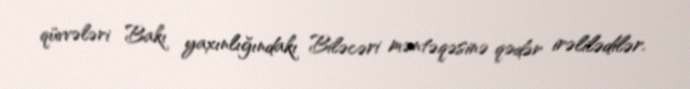
qüvvələri Bakı yaxınlığındakı Biləcəri məntəqəsinə qədər irəlilədilər.